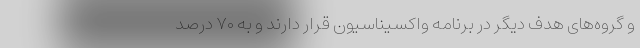
و گروه‌های هدف دیگر در برنامه واکسیناسیون قرار دارند و به ۷۰ درصد